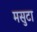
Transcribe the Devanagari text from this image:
मसुटा